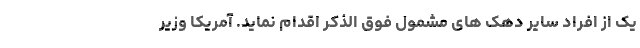
یک از افراد سایر دهک های مشمول فوق الذکر اقدام نماید. آمریکا وزیر